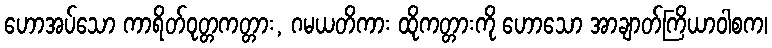
ဟောအပ်သော ကာရိတ်ဝုတ္တကတ္တား, ဂမယတိကား ထိုကတ္တားကို ဟောသော အာချာတ်ကြိယာဝါစက၊